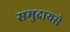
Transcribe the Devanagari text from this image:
समुदायसे